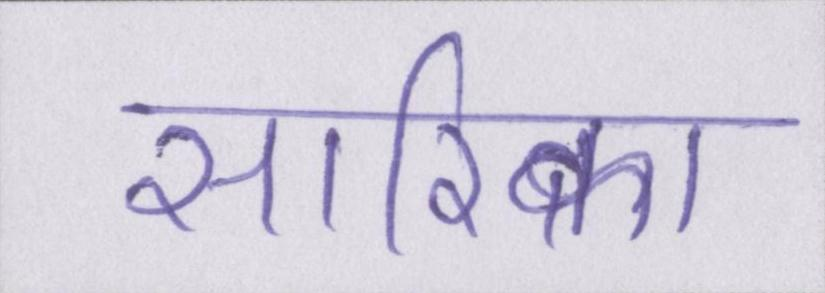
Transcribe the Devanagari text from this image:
सारिका